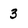
Character: 3